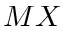
M X